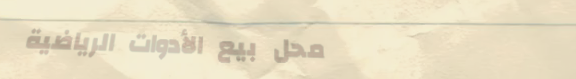
محل بيع الأدوات الرياضية